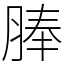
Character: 䏾